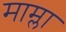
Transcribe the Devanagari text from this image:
माम्ला